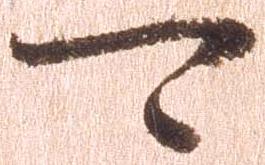
可